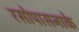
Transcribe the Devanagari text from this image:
रसोपासनाके